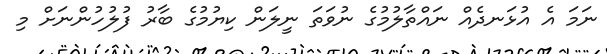
ނަމަ އެ އުޅަނދެއް ނައްތާލުމުގެ ނުވަތަ ނީލަން ކިޔުމުގެ ބާރު ފުލުހުންނަށް މި